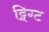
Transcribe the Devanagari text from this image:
ट्विग्ट